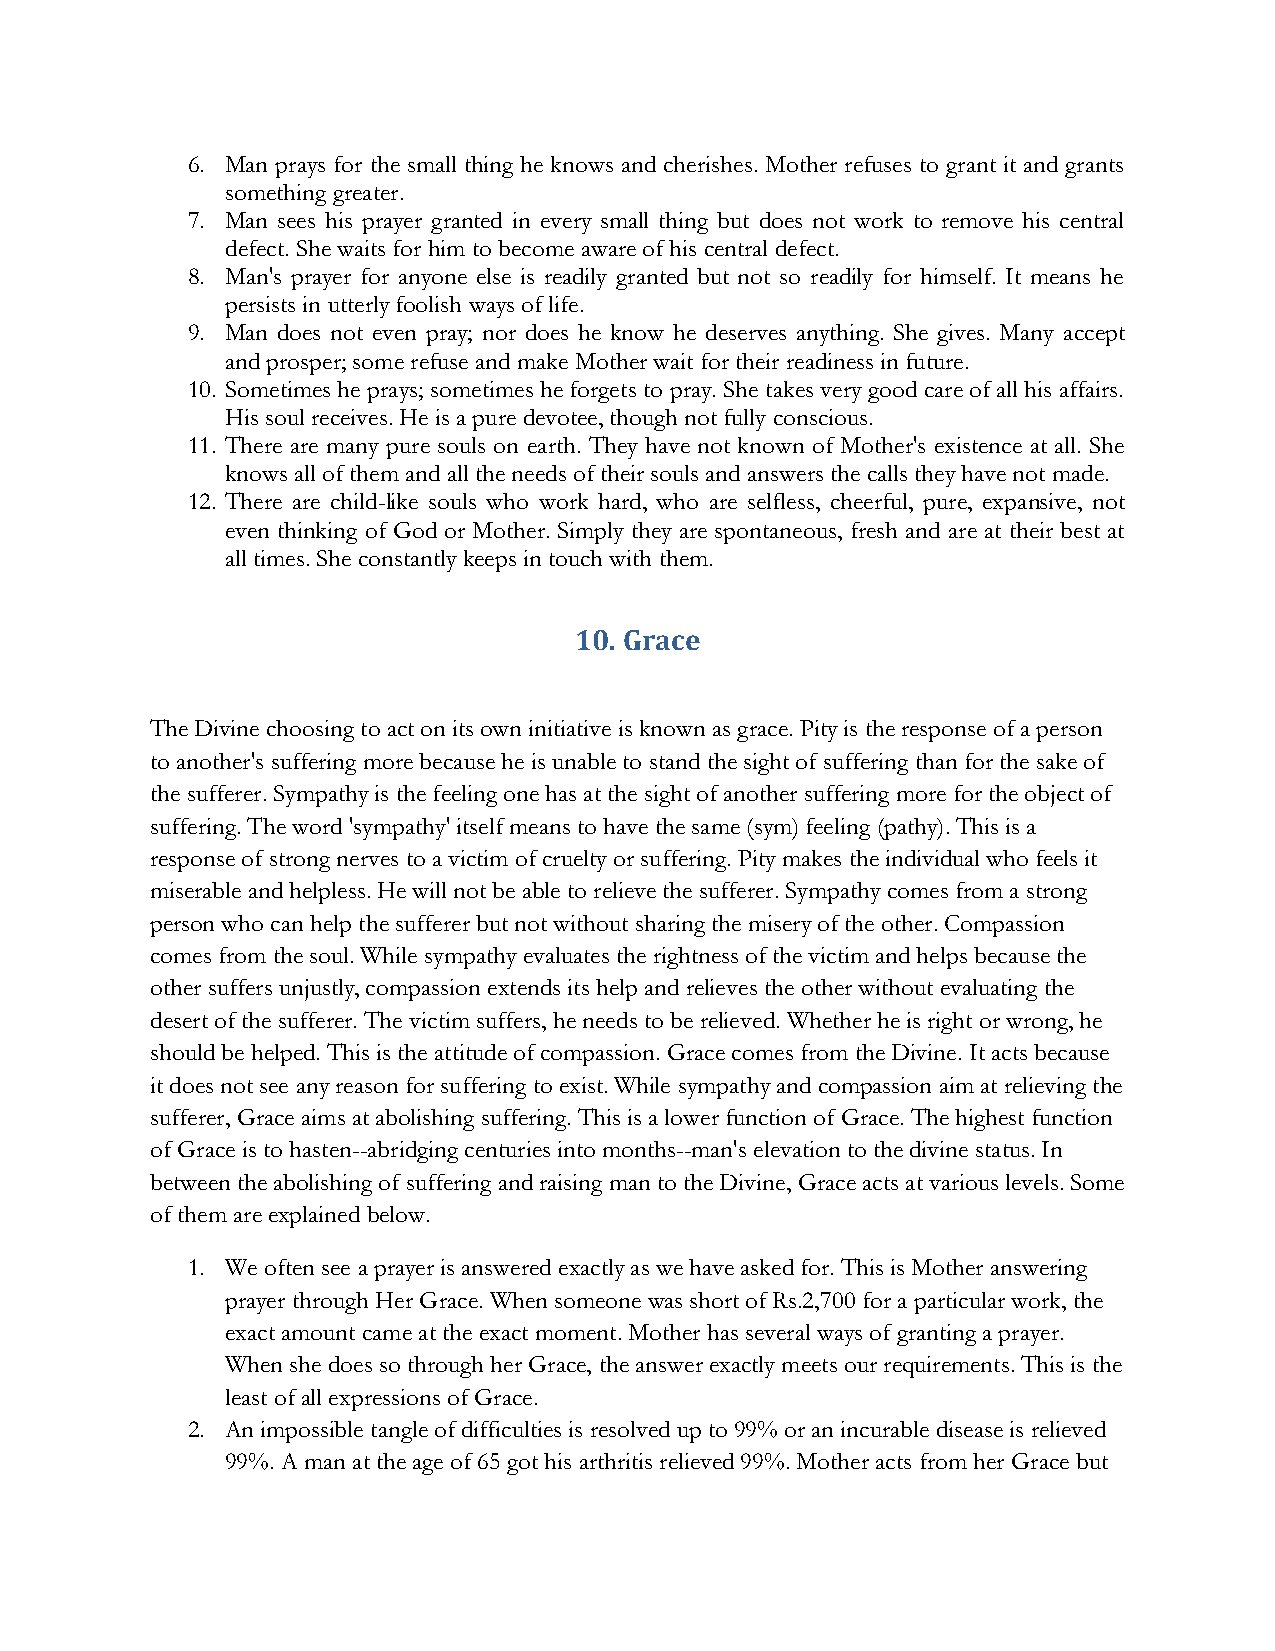
6. Man prays for the small thing he knows and cherishes. Mother refuses to grant it and grants
 something greater.
 7. Man sees his prayer granted in every small thing but does not work to remove his central
 defect. She waits for him to become aware of his central defect.
 8. Man's prayer for anyone else is readily granted but not so readily for himself. It means he
 persists in utterly foolish ways of life.
 9. Man does not even pray; nor does he know he deserves anything. She gives. Many accept
 and prosper; some refuse and make Mother wait for their readiness in future.
 10. Sometimes he prays; sometimes he forgets to pray. She takes very good care of all his affairs.
 His soul receives. He is a pure devotee, though not fully conscious.
 11. There are many pure souls on earth. They have not known of Mother's existence at all. She
 knows all of them and all the needs of their souls and answers the calls they have not made.
 12. There are child-like souls who work hard, who are selfless, cheerful, pure, expansive, not
 even thinking of God or Mother. Simply they are spontaneous, fresh and are at their best at
 all times. She constantly keeps in touch with them.
 10. Grace
 The Divine choosing to act on its own initiative is known as grace. Pity is the response of a person
 to another's suffering more because he is unable to stand the sight of suffering than for the sake of
 the sufferer. Sympathy is the feeling one has at the sight of another suffering more for the object of
 suffering. The word 'sympathy' itself means to have the same (sym) feeling (pathy). This is a
 response of strong nerves to a victim of cruelty or suffering. Pity makes the individual who feels it
 miserable and helpless. He will not be able to relieve the sufferer. Sympathy comes from a strong
 person who can help the sufferer but not without sharing the misery of the other. Compassion
 comes from the soul. While sympathy evaluates the rightness of the victim and helps because the
 other suffers unjustly, compassion extends its help and relieves the other without evaluating the
 desert of the sufferer. The victim suffers, he needs to be relieved. Whether he is right or wrong, he
 should be helped. This is the attitude of compassion. Grace comes from the Divine. It acts because
 it does not see any reason for suffering to exist. While sympathy and compassion aim at relieving the
 sufferer, Grace aims at abolishing suffering. This is a lower function of Grace. The highest function
 of Grace is to hasten--abridging centuries into months--man's elevation to the divine status. In
 between the abolishing of suffering and raising man to the Divine, Grace acts at various levels. Some
 of them are explained below.
 1. We often see a prayer is answered exactly as we have asked for. This is Mother answering
 prayer through Her Grace. When someone was short of Rs.2,700 for a particular work, the
 exact amount came at the exact moment. Mother has several ways of granting a prayer.
 When she does so through her Grace, the answer exactly meets our requirements. This is the
 least of all expressions of Grace.
 2. An impossible tangle of difficulties is resolved up to 99% or an incurable disease is relieved
 99%. A man at the age of 65 got his arthritis relieved 99%. Mother acts from her Grace but